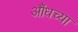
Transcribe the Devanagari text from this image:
औंधच्या